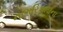
નાગરિકતાના